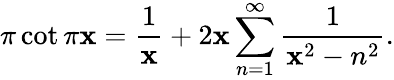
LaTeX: \pi\cot\pi\mathbf{x}={\frac{{1}}{{\mathbf{x}}}}+2\mathbf{x}\sum_{n=1}^{\infty}{\frac{{1}}{{\mathbf{x}^{2}-n^{2}}}}.